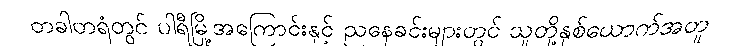
တခါတရံတွင် ပါရီမြို့အကြောင်းနှင့် ညနေခင်းများတွင် သူတို့နှစ်ယောက်အတူ